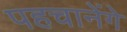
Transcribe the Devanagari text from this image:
पहचानेंगे